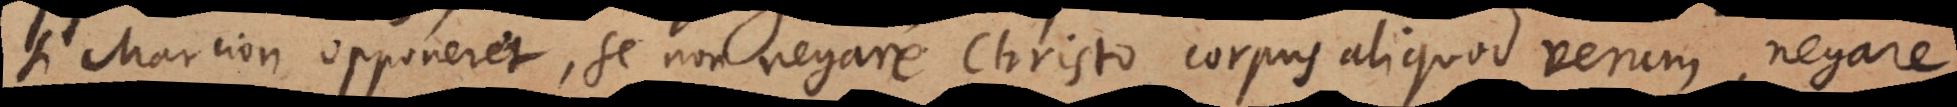
si Marcion opponeret, se non negare Christo corpus aliquod verum, negare